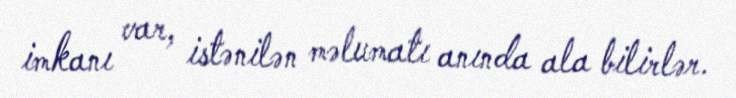
imkanı var, istənilən məlumatı anında ala bilirlər.